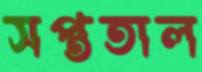
সপ্ততাল